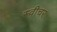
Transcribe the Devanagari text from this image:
स्वीचर